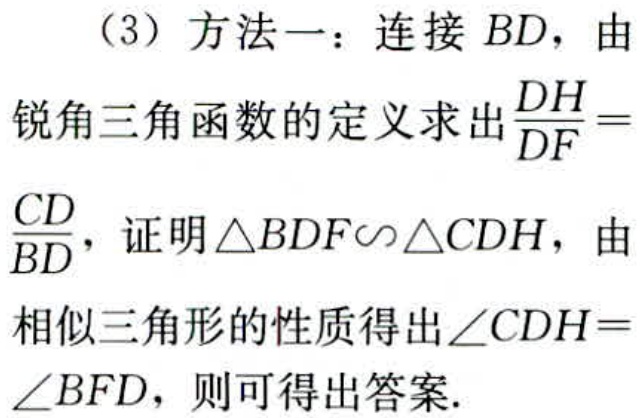
（3）方法一：连接 \(BD\)，由

锐角三角函数的定义求出\(\frac{DH}{DF}=

\frac{CD}{BD}\)，证明\(\triangle BDF\sim\triangle CDH\)，由

相似三角形的性质得出\(\angle CDH =

\angle BFD\)，则可得出答案.